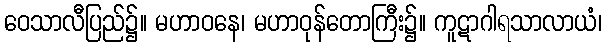
ဝေသာလီပြည်၌။ မဟာဝနေ၊ မဟာဝုန်တောကြီး၌။ ကူဋာဂါရသာလာယံ၊